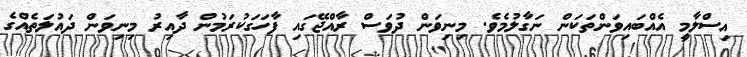
އިސްލާމީ އެއްބައިވަންތަކަން ނަގާލުމެވެ. މިނިވަން ދުވަސް ރާއްޖޭގައި ފާހަގަކުރަމުން ދާއިރު މިނިވަން ދައުލަތެއްގެ